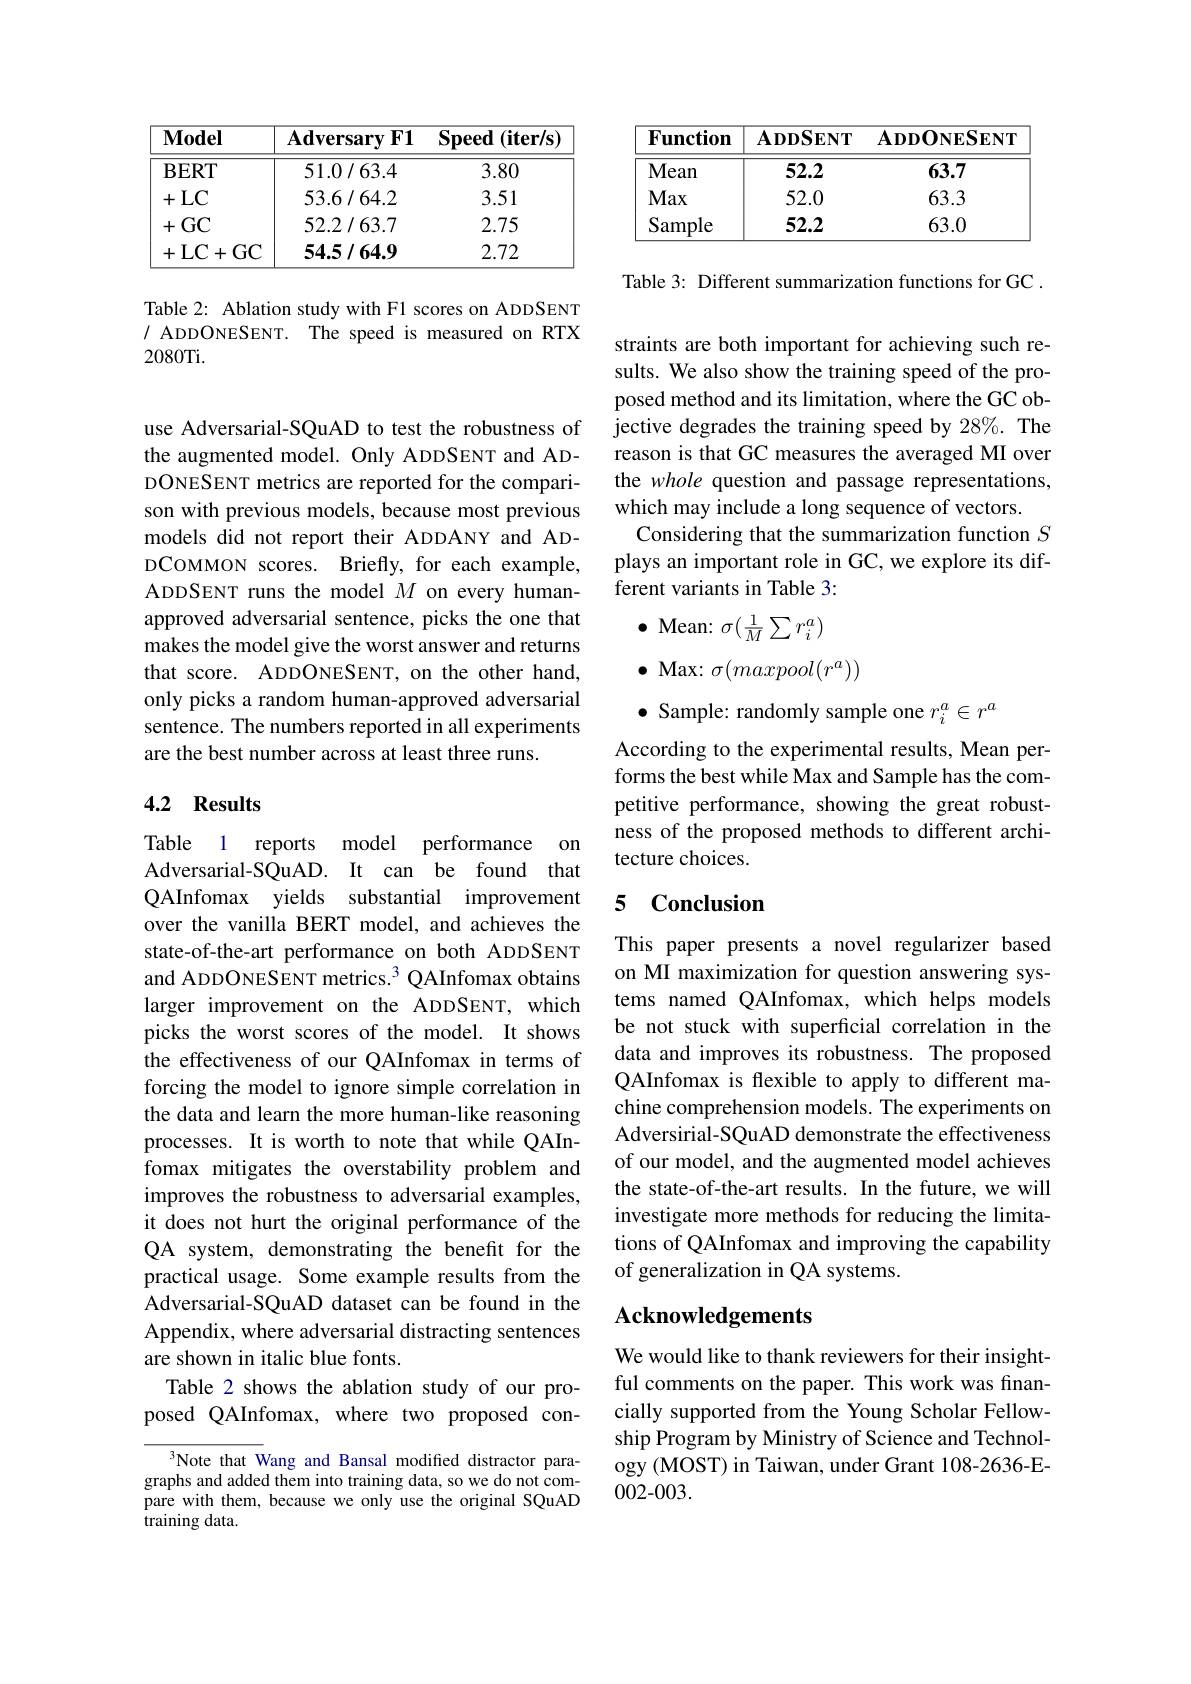
<table>
	<tbody>
		<tr>
			<th>$\mathbf{Model}$</th>
			<th>$\mathbf{Adversary}$ $\mathbf{F1}$</th>
			<th>Speed $(\mathbf{iter/s}$</th>
		</tr>
		<tr>
			<td>$\mathbf{BERT}$</td>
			<td>51.0/63.4</td>
			<td>3.80</td>
		</tr>
		<tr>
			<td>LC 十</td>
			<td>53.6/64.2</td>
			<td>3.51</td>
		</tr>
		<tr>
			<td>GC +</td>
			<td>52.2/63.7</td>
			<td>2.75</td>
		</tr>
		<tr>
			<td>LC GC 十 +</td>
			<td>54.5/64.9</td>
			<td>2.72</td>
		</tr>
	</tbody>
</table>

Table 2: Ablation study with F1 scores on ADDSENT / ADDONESENT. The speed is measured on RTX 2080Ti.

use Adversarial-SQuAD to test the robustness of the augmented model. Only ADDSENT and ADDONESENT metrics are reported for the comparison with previous models, because most previous models did not report their ADDANY and ADDCOMMON scores. Briefly, for each example, ADDSENT runs the model $M$ on every humanapproved adversarial sentence, picks the one that makes the model give the worst answer and returns that score. ADDONESENT, on the other hand, only picks a random human-approved adversarial sentence. The numbers reported in all experiments are the best number across at least three runs.

## 4.2 Results

Table 1
reports model performance on
Adversarial-SQuAD. It can be found that QAInfomax yields substantial improvement over the vanilla BERT model, and achieves the state-of-the-art performance on both ADDSENT and ADDONESENT metrics.$^{3}$ QAInfomax obtains larger improvement on the ADDSENT, which picks the worst scores of the model. It shows the effectiveness of our QAInfomax in terms of forcing the model to ignore simple correlation in the data and learn the more human-like reasoning processes. It is worth to note that while QAInfomax mitigates the overstability problem and improves the robustness to adversarial examples, it does not hurt the original performance of the QA system, demonstrating the benefit for the practical usage. Some example results from the Adversarial-SQuAD dataset can be found in the Appendix, where adversarial distracting sentences are shown in italic blue fonts.
Table 2 shows the ablation study of our proposed QAInfomax, where two proposed con-

$^{3}$Note that Wang and Bansal modified distractor paragraphs and added them into training data, so we do not compare with them, because we only use the original SQuAD training data.

<table>
	<tbody>
		<tr>
			<th>Function</th>
			<th>$\mathbf{ADDSENT}$</th>
			<th>$\mathbf{ADDONESENT}$</th>
		</tr>
		<tr>
			<td>Mean</td>
			<td>52.2</td>
			<td>63.7</td>
		</tr>
		<tr>
			<td>Max</td>
			<td>52.0</td>
			<td>63.3</td>
		</tr>
		<tr>
			<td>Sample</td>
			<td>52.2</td>
			<td>63.0</td>
		</tr>
	</tbody>
</table>

Table 3: Different summarization functions for GC .

straints are both important for achieving such results. We also show the training speed of the proposed method and its limitation, where the GC objective degrades the training speed by 28%. The reason is that GC measures the averaged MI over the whole question and passage representations, which may include a long sequence of vectors.
Considering that the summarization function $S$ plays an important role in GC, we explore its different variants in Table 3:
$\bullet$ Mean: $\sigma(\frac1M\sum r_i^a)$
$\bullet$ Max: $\sigma(maxpool(r^a))$
$\bullet$ Sample: randomly sample one $r_i^a\in r^a$
According to the experimental results, Mean performs the best while Max and Sample has the competitive performance, showing the great robustness of the proposed methods to different architecture choices.

### 5 Conclusion

This paper presents a novel regularizer based on MI maximization for question answering systems named QAInfomax, which helps models be not stuck with superficial correlation in the data and improves its robustness. The proposed QAInfomax is flexible to apply to different machine comprehension models. The experiments on Adversirial-SQuAD demonstrate the effectiveness of our model, and the augmented model achieves the state-of-the-art results. In the future, we will investigate more methods for reducing the limitations of QAInfomax and improving the capability of generalization in QA systems.

## Acknowledgements

We would like to thank reviewers for their insightful comments on the paper. This work was financially supported from the Young Scholar Fellowship Program by Ministry of Science and Technology (MOST) in Taiwan, under Grant 108-2636-E- 002-003.